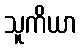
သူကိယာ